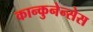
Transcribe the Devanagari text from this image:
कान्कुनेन्सेस